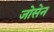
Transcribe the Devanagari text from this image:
जोसेन